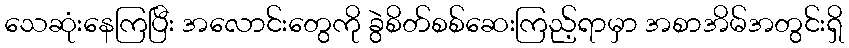
သေဆုံးနေကြပြီး အလောင်းတွေကို ခွဲစိတ်စစ်ဆေးကြည့်ရာမှာ အစာအိမ်အတွင်းရှိ